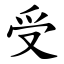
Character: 受